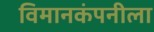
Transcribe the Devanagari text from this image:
विमानकंपनीला